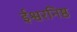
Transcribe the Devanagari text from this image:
ईश्वरनिष्ठ